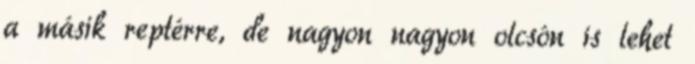
a másik reptérre, de nagyon nagyon olcsón is lehet